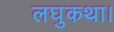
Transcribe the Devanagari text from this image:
लघुकथा।